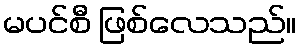
မပင်စီ ဖြစ်လေသည်။